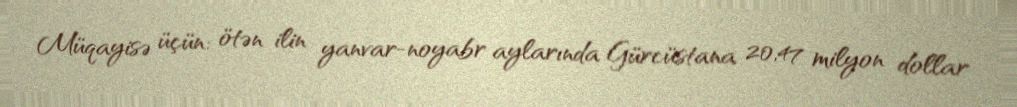
Müqayisə üçün: ötən ilin yanvar-noyabr aylarında Gürcüstana 20,47 milyon dollar